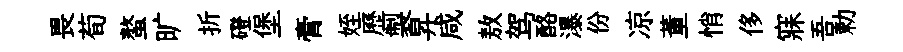
畏荀螯旷折磴堡膏姪歷製昇咸敖驾酪瀑份凉董悄侈寐吾勅